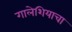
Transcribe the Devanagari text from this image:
गालेशियाचा